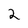
Character: 2